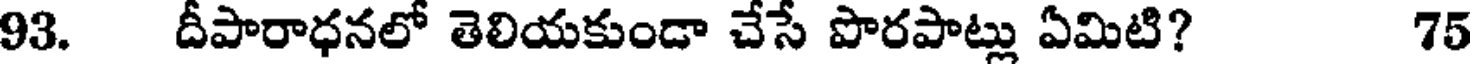
93. దీపారాధనలో తెలియకుండా చేసే పొరపాట్లు ఏమిటి? 75